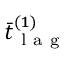
\bar { t } _ { \mathrm { ~ l ~ a ~ g ~ } } ^ { ( 1 ) }